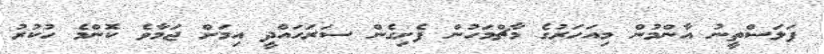
ފަލަސްތީނު އާންމުން މިއަހަރުގެ މާޗްމަހުން ފެށިގެން ސަރަހައްދީ އިމަށް ޖަމާވެ ކޮންމެ ހުކުރު